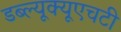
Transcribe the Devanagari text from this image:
डब्ल्यूक्यूएचटी